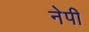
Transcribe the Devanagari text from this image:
नेपी